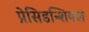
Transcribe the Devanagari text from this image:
प्रेसिडन्शियल